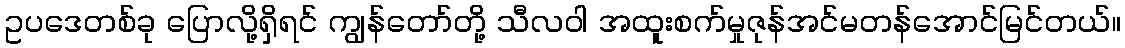
ဥပဒေတစ်ခု ပြောလို့ရှိရင် ကျွန်တော်တို့ သီလဝါ အထူးစက်မှုဇုန်အင်မတန်အောင်မြင်တယ်။